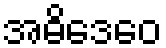
အဓိဒေဝေ